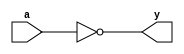
//NOT Module
module notgate(a,y);
input a;
output y;
assign y = !a;    
endmodule